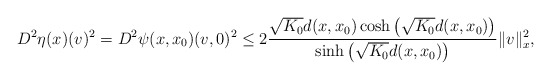
\begin{align*}D^{2}\eta(x)(v)^{2}=D^{2}\psi(x,x_0)(v,0)^{2}\leq 2\frac{\sqrt{K_0} d(x,x_0) \cosh\left(\sqrt{K_0}d(x,x_0)\right)}{\sinh\left(\sqrt{K_0} d(x,x_0)\right)}\|v\|_{x}^{2},\end{align*}